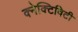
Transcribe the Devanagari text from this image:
क्नेक्टिविटी